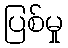
ပြစ်မှု